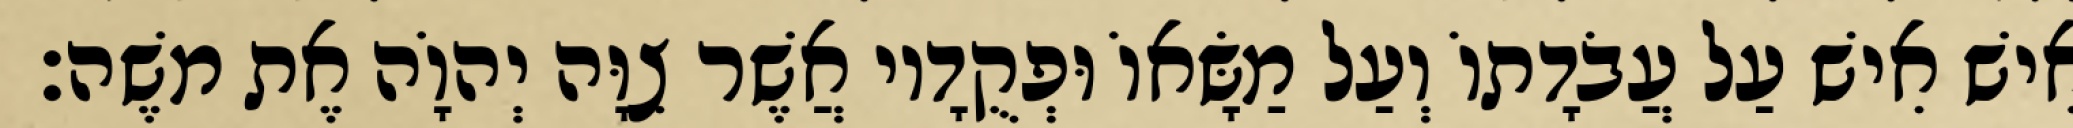
אִישׁ אִישׁ עַל עֲבֹדָתוֹ וְעַל מַשָּׂאוֹ וּפְקֻדָיו אֲשֶׁר צִוָּה יְהוָֹה אֶת משֶׁה׃